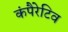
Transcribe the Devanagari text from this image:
कंपैरेटिव